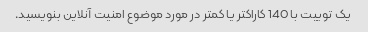
یک توییت با 140 کاراکتر یا کمتر در مورد موضوع امنیت آنلاین بنویسید.